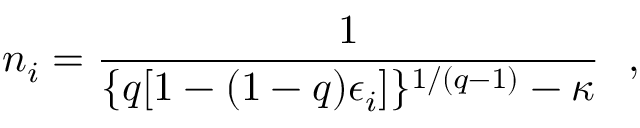
n _ { i } = \frac { 1 } { \{ q [ 1 - ( 1 - q ) \epsilon _ { i } ] \} ^ { 1 / ( q - 1 ) } - \kappa } \ \ ,